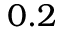
0 . 2